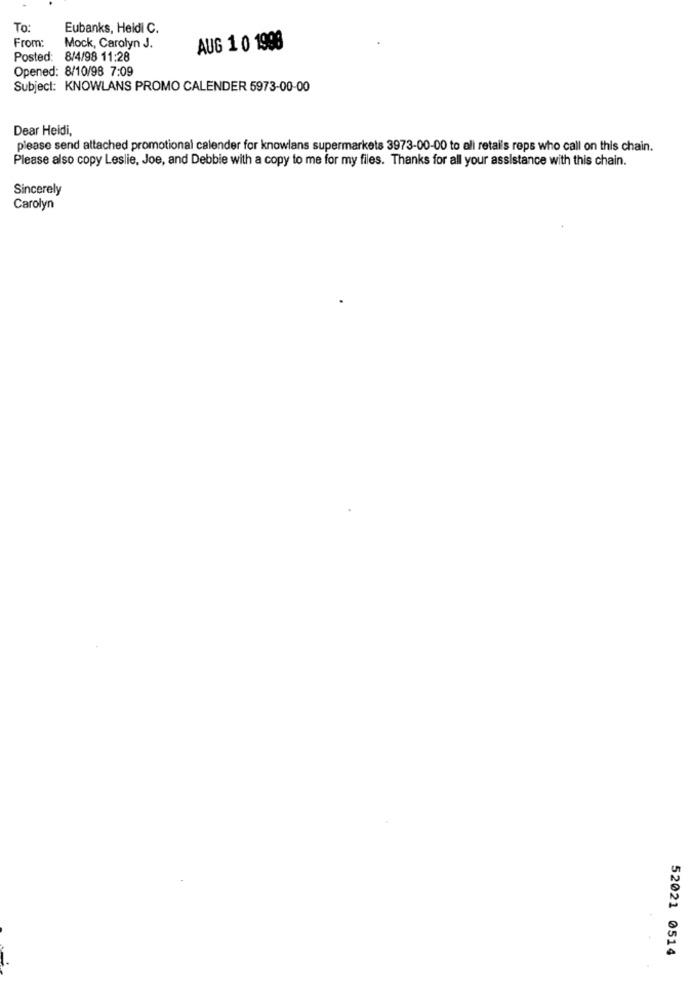
To:
Eubanks, Heidi C.
From:
Mock, Carolyn J.
AUG 1 0 1998
Posted: 8/4/98 11:28
Opened: 8/10/98 7:09
Subject: KNOWLANS PROMO CALENDER 5973-00-00
Dear Heidi,
please send attached promotional calender for knowlans supermarkets 3973-00-00 to ali retal's reps who call on this chain.
Please also copy Leslie, Joe, and Debbie with a copy to me for my files. Thanks for all your assistance with this chain.
Sincerely
Carolyn
52021 0514